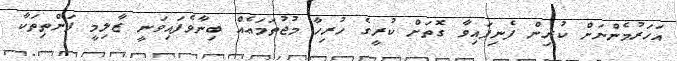
އަހަރުމެންނަށް ކުރިން ފެނިފައިވާ ގޮތަށް ކުރީގެ ހުރިހާ މުޖުތަމަޢެއް ބިނާވެފައިވަނީ ޒާލިމީ ފަންތިތަކާ